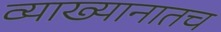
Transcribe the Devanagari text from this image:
व्याख्यानातच